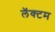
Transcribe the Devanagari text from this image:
लॅक्टम